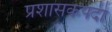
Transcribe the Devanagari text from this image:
प्रशासकपदी